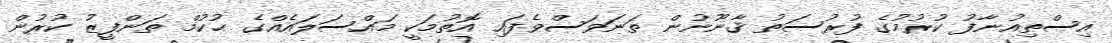
އިސްތިއުނާފު ކުރުމުގެ ފުރުސަތު ޤާނޫނުން ތަނަވަސްވެފައި އޮތުމަކީ މައްސަލައެއްގެ ޙުކުމް ތަންފީޒު ކުރުން